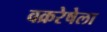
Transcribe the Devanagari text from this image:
वक्ररेषेला